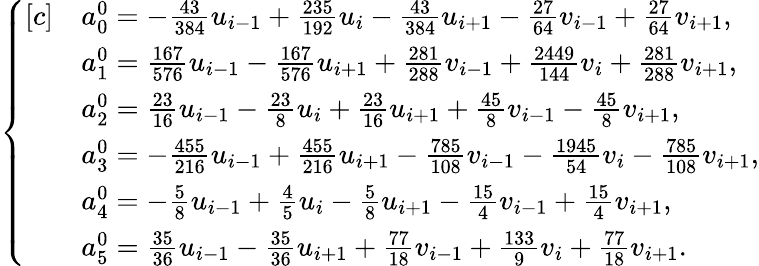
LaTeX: \begin{array}{r}{\left\{ \begin{array}{rl}{[c]}&{a_{0}^{0}=-\frac{43}{384}u_{i-1}+\frac{235}{192}u_{i}-\frac{43}{384}u_{i+1}-\frac{27}{64}v_{i-1}+\frac{27}{64}v_{i+1},}\\ &{a_{1}^{0}=\frac{167}{576}u_{i-1}-\frac{167}{576}u_{i+1}+\frac{281}{288}v_{i-1}+\frac{2449}{144}v_{i}+\frac{281}{288}v_{i+1},}\\ &{a_{2}^{0}=\frac{23}{16}u_{i-1}-\frac{23}{8}u_{i}+\frac{23}{16}u_{i+1}+\frac{45}{8}v_{i-1}-\frac{45}{8}v_{i+1},}\\ &{a_{3}^{0}=-\frac{455}{216}u_{i-1}+\frac{455}{216}u_{i+1}-\frac{785}{108}v_{i-1}-\frac{1945}{54}v_{i}-\frac{785}{108}v_{i+1},}\\ &{a_{4}^{0}=-\frac{5}{8}u_{i-1}+\frac{4}{5}u_{i}-\frac{5}{8}u_{i+1}-\frac{15}{4}v_{i-1}+\frac{15}{4}v_{i+1},}\\ &{a_{5}^{0}=\frac{35}{36}u_{i-1}-\frac{35}{36}u_{i+1}+\frac{77}{18}v_{i-1}+\frac{133}{9}v_{i}+\frac{77}{18}v_{i+1}.}\end{array}\right.}\end{array}